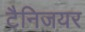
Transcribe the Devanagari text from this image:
टैनिजयर